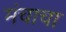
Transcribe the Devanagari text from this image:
मंचाचा